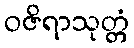
ဝဇိရာသုတ္တံ